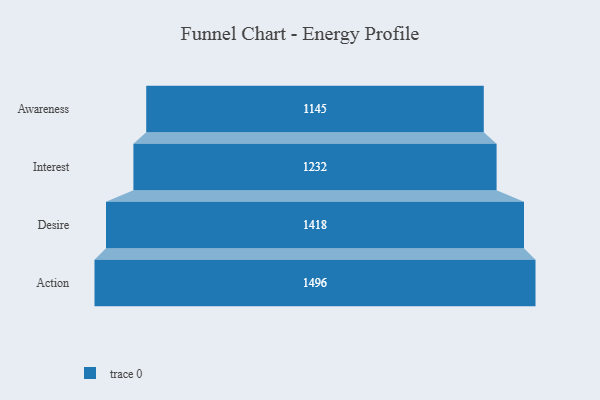
{"axis": {"x": "Stage", "y": "Value"}, "legend": [""], "data": [{"x": "Awareness", "y": 1145.0, "type": ""}, {"x": "Interest", "y": 1232.0, "type": ""}, {"x": "Desire", "y": 1418.0, "type": ""}, {"x": "Action", "y": 1496.0, "type": ""}]}